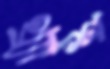
থ্র্যাশ